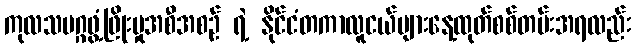
ကုလသမဂ္ဂဖွံ့ဖြိုးမှုအစီအစဉ် ရဲ့ နိုင်ငံတကာလူငယ်များနေ့ထုတ်စစ်တမ်းအရလည်း